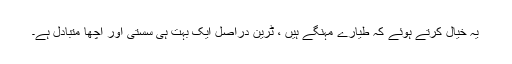
یہ خیال کرتے ہوئے کہ طیارے مہنگے ہیں ، ٹرین دراصل ایک بہت ہی سستی اور اچھا متبادل ہے۔